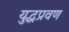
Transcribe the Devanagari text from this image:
युद्धप्रवण